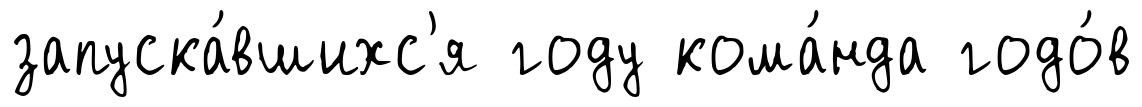
запуска́вшихс'я году кома́нда годо́в